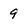
Character: 9